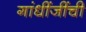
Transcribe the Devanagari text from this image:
गांधींजींची